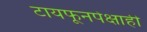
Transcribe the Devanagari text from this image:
टायफूनपेक्षाही